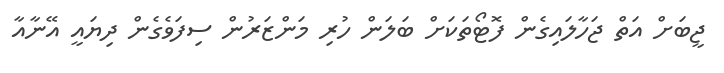
ޖީބަށް އަތް ޖަހާލައިގެން ފޮޓޯތަކަށް ބަލަން ހުރި މަންޒަރުން ސިފަވެގެން ދިޔައީ އޭނާއާ